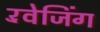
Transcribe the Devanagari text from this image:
रॅवेजिंग